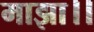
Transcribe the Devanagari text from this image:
माझा।।